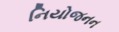
નિયોજનન